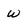
Character: W